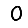
Digit: 0